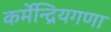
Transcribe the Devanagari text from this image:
कर्मेन्द्रियगणा